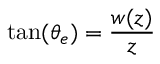
\tan ( \theta _ { e } ) = \frac { w ( z ) } { z }